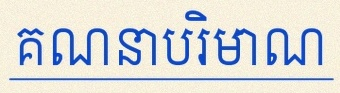
គណនាបរិមាណ